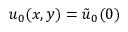
u _ { 0 } ( x , y ) = \tilde { u } _ { 0 } ( 0 )